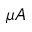
{ \mu } A